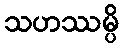
သဟဿမ္ပိ